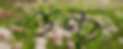
শুন্ছ